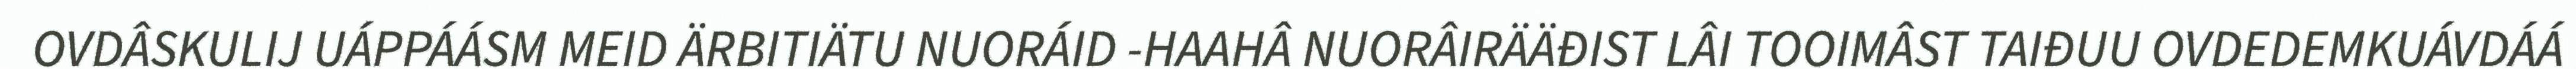
OVDÂSKULIJ UÁPPÁÁSM MEID ÄRBITIÄTU NUORÁID -HAAHÂ NUORÂIRÄÄĐIST LÂI TOOIMÂST TAIĐUU OVDEDEMKUÁVDÁÁ